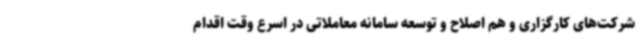
شرکت‌های کارگزاری و هم اصلاح و توسعه سامانه معاملاتی در اسرع وقت اقدام